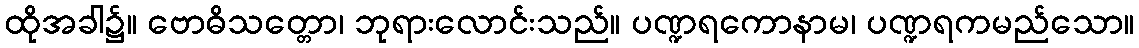
ထိုအခါ၌။ ဗောဓိသတ္တော၊ ဘုရားလောင်းသည်။ ပဏ္ဍရကောနာမ၊ ပဏ္ဍရကမည်သော။